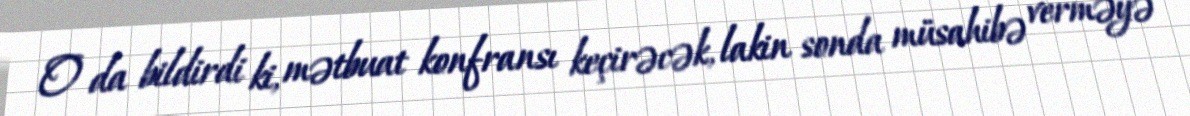
O da bildirdi ki, mətbuat konfransı keçirəcək, lakin sonda müsahibə verməyə